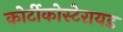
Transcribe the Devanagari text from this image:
कोर्टीकोस्टेरायड